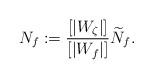
LaTeX: \begin{align*}N_f:=\frac{[|W_\zeta|]}{[|W_f|]}\widetilde{N}_f.\end{align*}